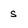
Character: s